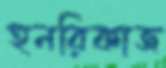
হুনরিকাজ